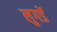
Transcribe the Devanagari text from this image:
लुगडें